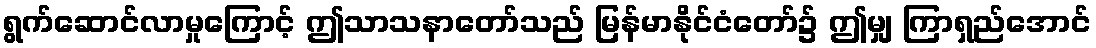
ရွက်ဆောင်လာမှုကြောင့် ဤသာသနာတော်သည် မြန်မာနိုင်ငံတော်၌ ဤမျှ ကြာရှည်အောင်